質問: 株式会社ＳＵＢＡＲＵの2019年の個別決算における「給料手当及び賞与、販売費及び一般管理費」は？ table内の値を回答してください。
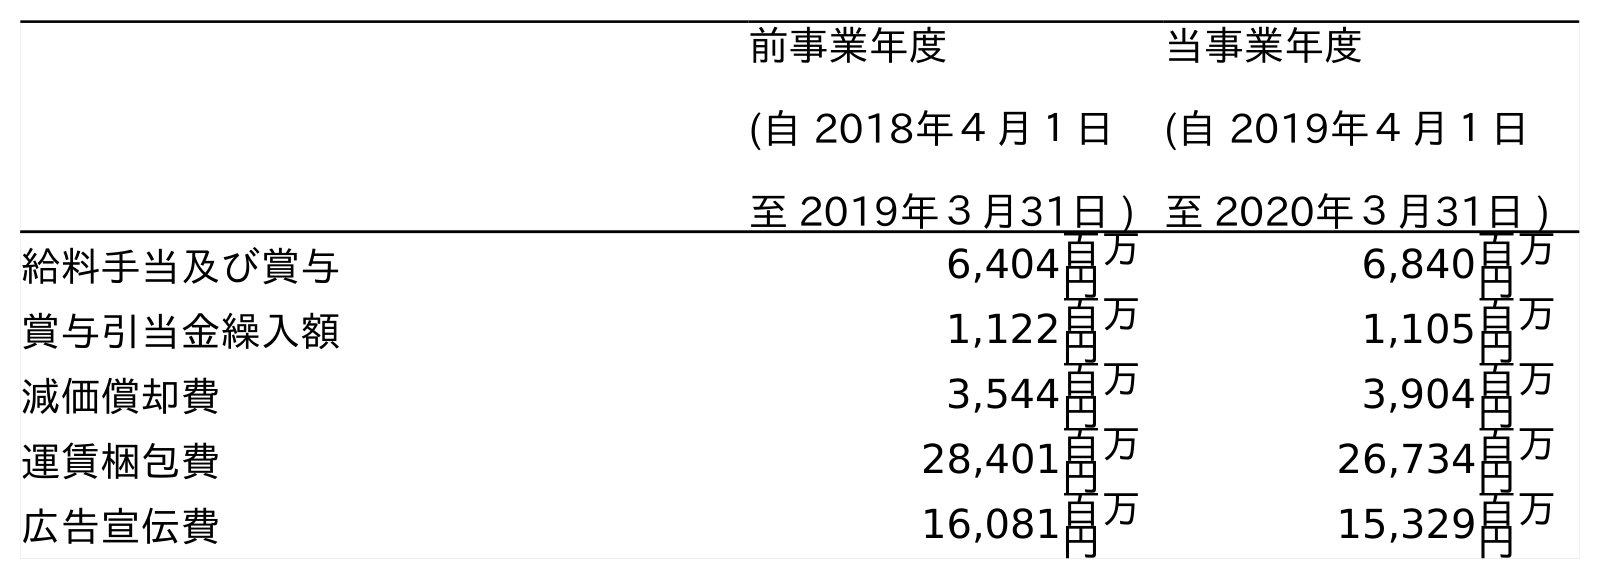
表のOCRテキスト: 前事業年度 (自 2018年４月１日 至 2019年３月31日 ) 当事業年度 (自 2019年４月１日 至 2020年３月31日 ) 給料手当及び賞与 6,404百万 円 6,840百万 円 賞与引当金繰入額 1,122百万 円 1,105百万 円 減価償却費 3,544百万 円 3,904百万 円 運賃梱包費 28,401百万 円 26,734百万 円 広告宣伝費 16,081百万 円 15,329百万 円
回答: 6,404